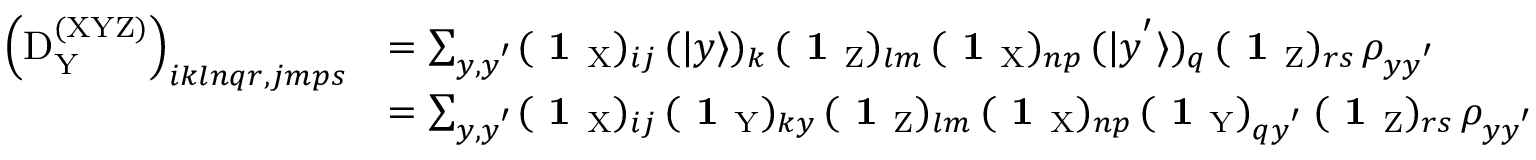
\begin{array} { r l } { \left( \mathrm { D } _ { \mathrm Y } ^ { \mathrm { ( X Y Z ) } } \right) _ { i k l n q r , j m p s } } & { = \sum _ { y , y ^ { ' } } ( \textbf { 1 } _ { \mathrm { X } } ) _ { i j } \, ( | y \rangle ) _ { k } \, ( \textbf { 1 } _ { \mathrm { Z } } ) _ { l m } \, ( \textbf { 1 } _ { \mathrm { X } } ) _ { n p } \, ( | y ^ { ' } \rangle ) _ { q } \, ( \textbf { 1 } _ { \mathrm { Z } } ) _ { r s } \, \rho _ { y y ^ { ' } } } \\ & { = \sum _ { y , y ^ { ' } } ( \textbf { 1 } _ { \mathrm { X } } ) _ { i j } \, ( \textbf { 1 } _ { \mathrm { Y } } ) _ { k y } \, ( \textbf { 1 } _ { \mathrm { Z } } ) _ { l m } \, ( \textbf { 1 } _ { \mathrm { X } } ) _ { n p } \, ( \textbf { 1 } _ { \mathrm { Y } } ) _ { q y ^ { ' } } \, ( \textbf { 1 } _ { \mathrm { Z } } ) _ { r s } \, \rho _ { y y ^ { ' } } } \end{array}